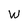
Character: W